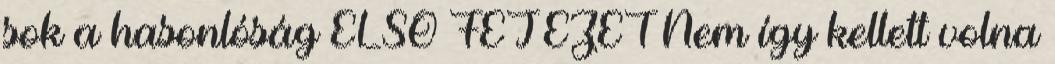
sok a hasonlóság ELSŐ FEJEZET Nem így kellett volna